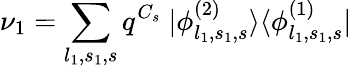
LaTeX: \nu_{1}=\sum_{l_{1},s_{1},s}q^{C_{s}}~|\phi_{l_{1},s_{1},s}^{(2)}\rangle\langle\phi_{l_{1},s_{1},s}^{(1)}|